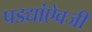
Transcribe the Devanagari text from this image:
पडद्यांऐवजी